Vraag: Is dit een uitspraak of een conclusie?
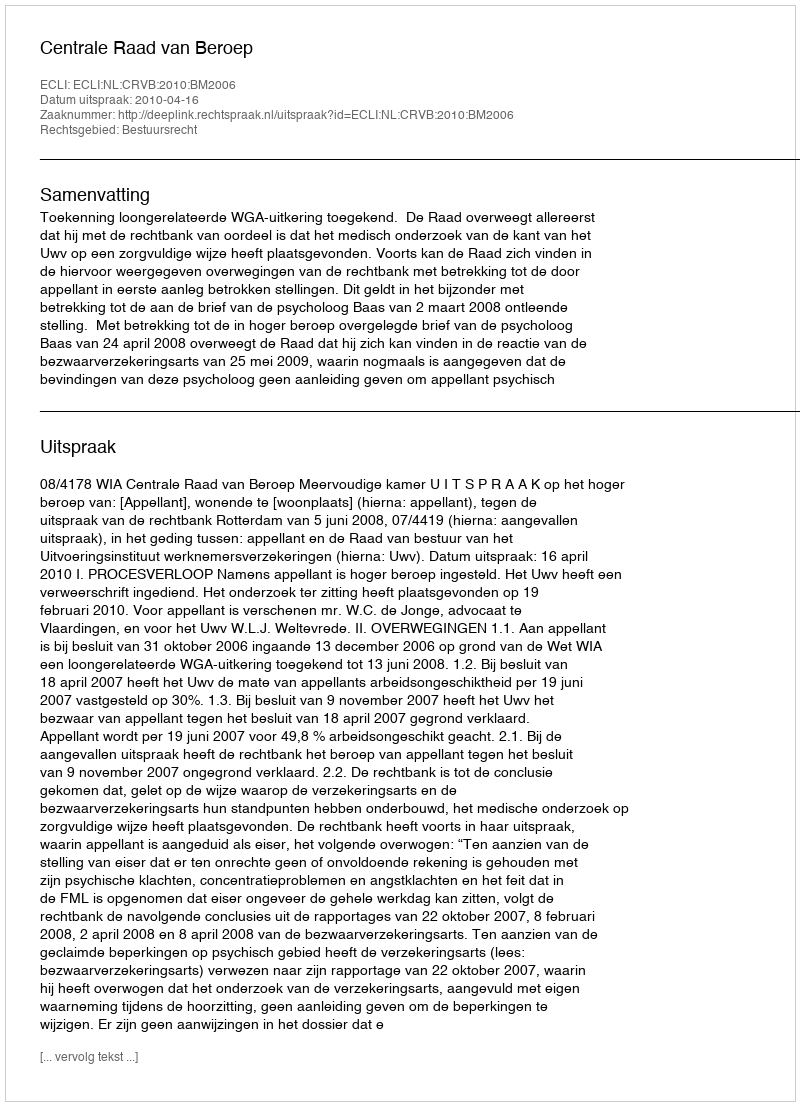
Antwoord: Uitspraak